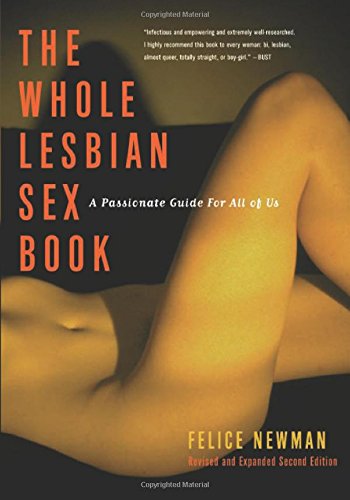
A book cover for The Whole Lesbian Sex Book: A Passionate Guide for All of Us; Felice Newman; Gay & Lesbian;